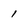
Character: 1